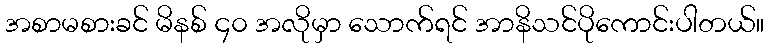
အစာမစားခင် မိနစ် ၄၀ အလိုမှာ သောက်ရင် အာနိသင်ပိုကောင်းပါတယ်။